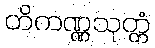
တိကဏ္ဏသုတ္တံ